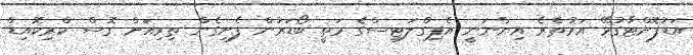
އަޑުފޮށްޓާގުޅޭ އަރުތެރެ އިންނަނީ އެޕިގްލަޓިސްގެ މަތީ ބޯޑަރުން ފެށިގެން ތިރިއަށް ގޮސް ކްރިކޮއިޑް